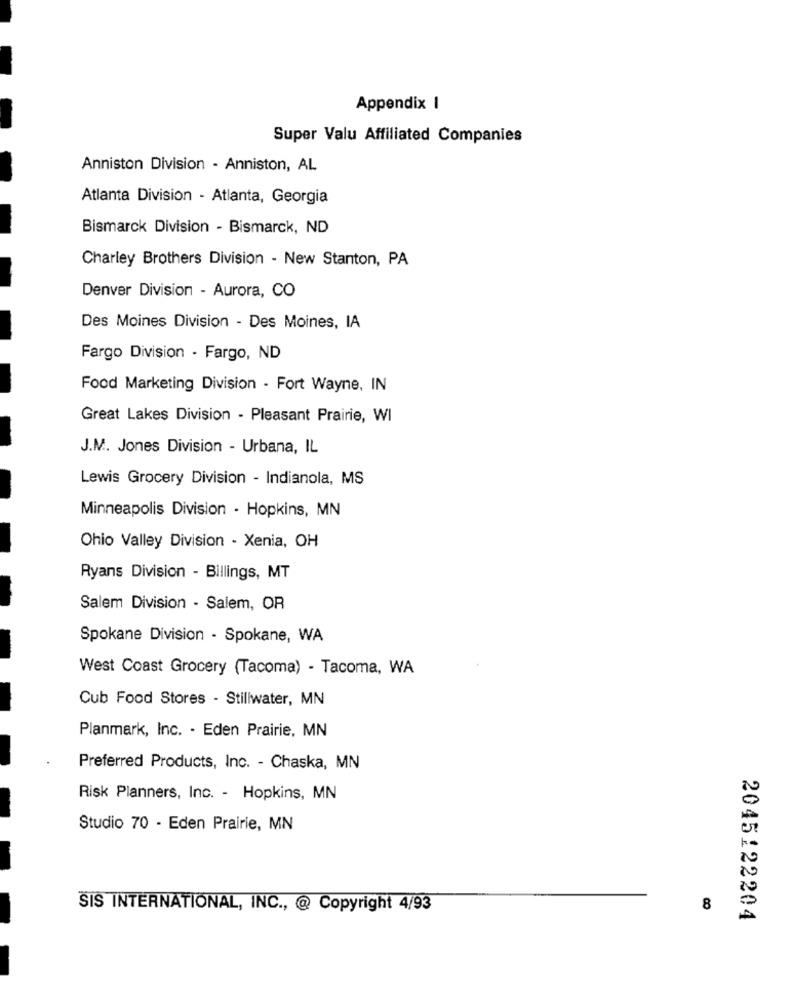
Appendix I
Super Valu Affiliated Companies
Anniston Division - Anniston, AL
Atlanta Division - Atlanta, Georgia
Bismarck Division - Bismarck, ND
Charley Brothers Division - New Stanton, PA
Denver Division - Aurora, CO
Des Moines Division - Des Moines, IA
Fargo Division . Fargo, ND
Food Marketing Division - Fort Wayne, IN
Great Lakes Division - Pleasant Prairie, WI
J.M. Jones Division - Urbana, IL
Lewis Grocery Division - Indianola, MS
Minneapolis Division - Hopkins, MN
Ohio Valley Division - Xenia, OH
Ryans Division - Billings, MT
Salem Division - Salem, OR
Spokane Division - Spokane, WA
West Coast Grocery (Tacoma) - Tacoma, WA
Cub Food Stores - Stillwater, MN
Planmark, Inc. · Eden Prairie, MN
Preferred Products, Inc. - Chaska, MN
Risk Planners, Inc. - Hopkins, MN
Studio 70 - Eden Prairie, MN
SIS INTERNATIONAL, INC ., @ Copyright 4/93
8
2045122204